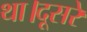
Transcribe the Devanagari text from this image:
था।दूसरे